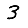
Digit: 3